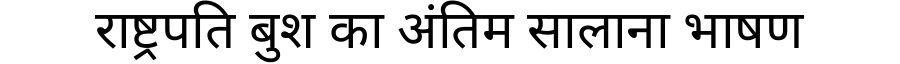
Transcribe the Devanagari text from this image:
राष्ट्रपति बुश का अंतिम सालाना भाषण